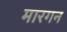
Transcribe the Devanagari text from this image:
मारगन